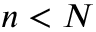
n < N